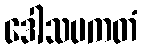
ဒေါသပကတံ